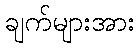
ချက်များအား